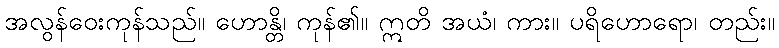
အလွန်ဝေးကုန်သည်။ ဟောန္တိ၊ ကုန်၏။ ဣတိ အယံ၊ ကား။ ပရိဟောရော၊ တည်း။